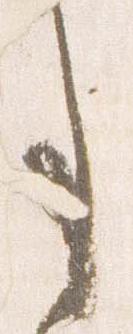
事